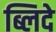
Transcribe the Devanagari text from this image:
ब्लिदे